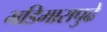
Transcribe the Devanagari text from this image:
भडिमारापुढे